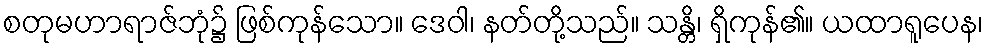
စတုမဟာရာဇ်ဘုံ၌ ဖြစ်ကုန်သော။ ဒေဝါ၊ နတ်တို့သည်။ သန္တိ၊ ရှိကုန်၏။ ယထာရူပေန၊